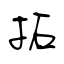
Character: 拓